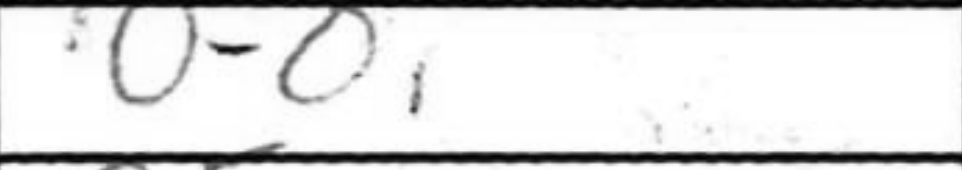
Transcription: O-O